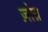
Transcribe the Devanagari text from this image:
ज़ोग्न